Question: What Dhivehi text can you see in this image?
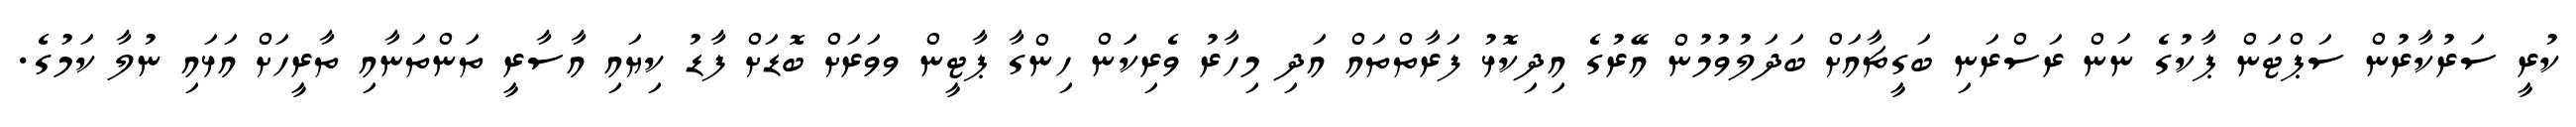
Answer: ކުރީ ސަރުކާރުން ސަޕްޓަން ޕާކުގެ ނަން ރަސްރަނި ބަގީޗާއަށް ބަދަލުވުމުން އޭރުގެ އިދިކޮޅު ފަރާތްތައް އަދި މިހާރު ވެރިކަަން ހިންގާ ޕާޓީން ވވަރަށް ބޮޑަށް ފާޑު ކިޔައި އާސާރީ ތަންތަނާއި ތާރީހަށް އަޅައި ނުލާ ކަމުގެ.